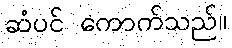
ဆံပင် ကောက်သည်။